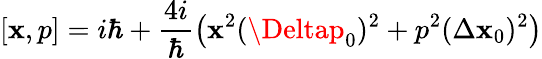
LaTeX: [\mathbf{x},p]=i\hbar+\frac{{4i}}{{\hbar}}\left(\mathbf{x}^{2}(\Deltap_{0})^{2}+p^{2}(\Delta\mathbf{x}_{0})^{2}\right)